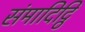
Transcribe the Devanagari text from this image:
संमादिट्ठि